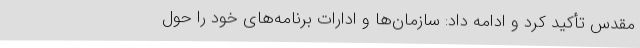
مقدس تأکید کرد و ادامه داد: سازمان‌ها و ادارات برنامه‌های خود را حول